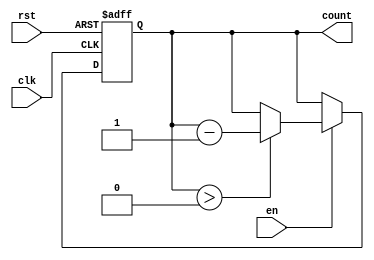
module down_counter #(
    parameter N = 3  // Number of bits for the counter
) (
    input wire clk,    // Clock signal
    input wire rst,    // Asynchronous reset
    input wire en,     // Enable signal
    output reg [N-1:0] count // Current count output
);

// Internal state declaration
reg [N-1:0] current_state;

// State transition logic
always @(posedge clk or posedge rst) begin
    if (rst) begin
        current_state <= N; // Reset to maximum value (N)
    end else if (en) begin
        if (current_state > 0) begin
            current_state <= current_state - 1; // Decrement the counter
        end
    end
end

// Output logic (Moore machine)
always @(current_state) begin
    count <= current_state; // Output is the current state
end

endmodule